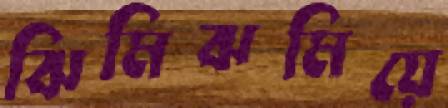
ঝিমিঝমিয়ে